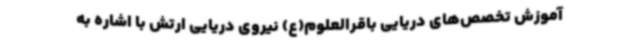
آموزش تخصص‌های دریایی باقرالعلوم(ع) نیروی دریایی ارتش با اشاره به